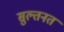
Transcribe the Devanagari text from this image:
सुल्तनत